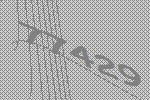
77429